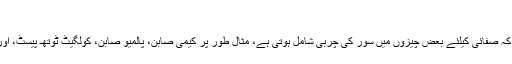
وبعد:
اول: ہم کسی باوثوق طریقوں سے اطلاع نہیں پہنچتے ہيں کہ صفائى کیلئے بعض چیزوں میں سور کی چربی شامل ہوتی ہے، مثال طور پر کیمی صابن، پالمیو صابن، کولگیٹ ٹوتھـ پیسٹ، اور ہم سے یہى بات پہنجتے ہيں کہ یہ صرف پروپیگنڈا ہے۔